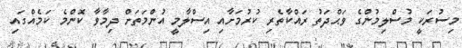
މިސުރަކީ މުސްލިމުންގެ ވަޙްދަތު ރައްކާތެރި ކުރުމަށާއި އިސްލާމީ އުންމަތަށް ދިމާވާ ކޮންމެ ކަމެއްގައި